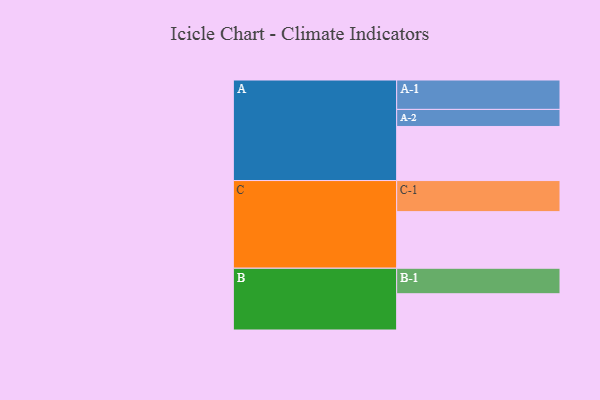
{"axis": {"x": "Segment", "y": "Value"}, "legend": ["", "A", "B", "C"], "data": [{"x": "A", "y": 513, "type": ""}, {"x": "B", "y": 344, "type": ""}, {"x": "C", "y": 537, "type": ""}, {"x": "A-1", "y": 279, "type": "A"}, {"x": "A-2", "y": 162, "type": "A"}, {"x": "B-1", "y": 242, "type": "B"}, {"x": "C-1", "y": 295, "type": "C"}]}